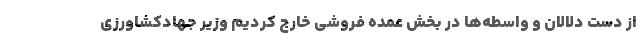
از دست دلالان و واسطه‌ها در بخش عمده فروشی خارج کردیم وزیر جهادکشاورزی